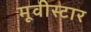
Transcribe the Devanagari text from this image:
मूवीस्टार